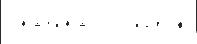
 начина́л о игро́к